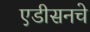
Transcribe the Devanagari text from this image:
एडीसनचे